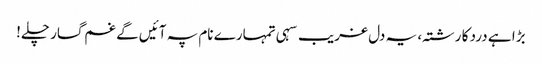
بڑا ہے درد کا رشتہ، یہ دل غریب سہی تمہارے نام پہ آئیں گے غم گسار چلے!